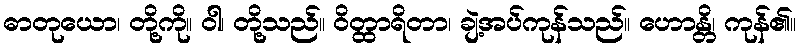
ဓာတုယော၊ တို့ကို။ ဝါ၊ တို့သည်။ ဝိတ္ထာရိတာ၊ ချဲ့အပ်ကုန်သည်။ ဟောန္တိ၊ ကုန်၏။